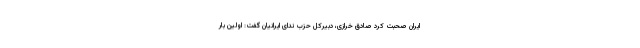
ایران صحبت کرد صادق خرازی، دبیرکل حزب ندای ایرانیان گفت: اولین بار